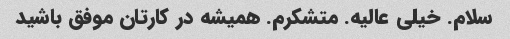
سلام. خیلی عالیه. متشکرم. همیشه در کارتان موفق باشید